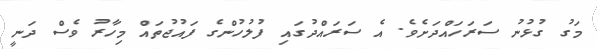
މަގު ގުޅުނު ސަރަހައްދަށެވެ. އެ ސަރައްދުގައި ފުލުހުންގެ ފައުޖުތައް މިހާރު ވެސް ދަނީ